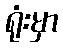
ရုံးမှာ